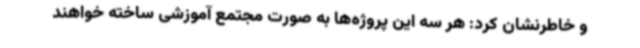
و خاطرنشان کرد: هر سه این پروژه‌ها به صورت مجتمع آموزشی ساخته خواهند